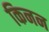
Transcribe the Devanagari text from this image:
किनन